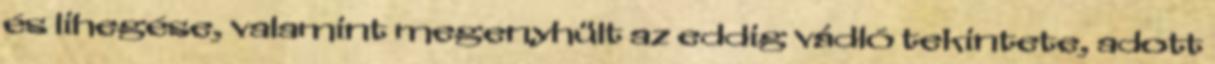
és lihegése, valamint megenyhült az eddig vádló tekintete, adott